Vaccination North-Western Provinces 1866-1877 - 1866-1877
Year: 1866
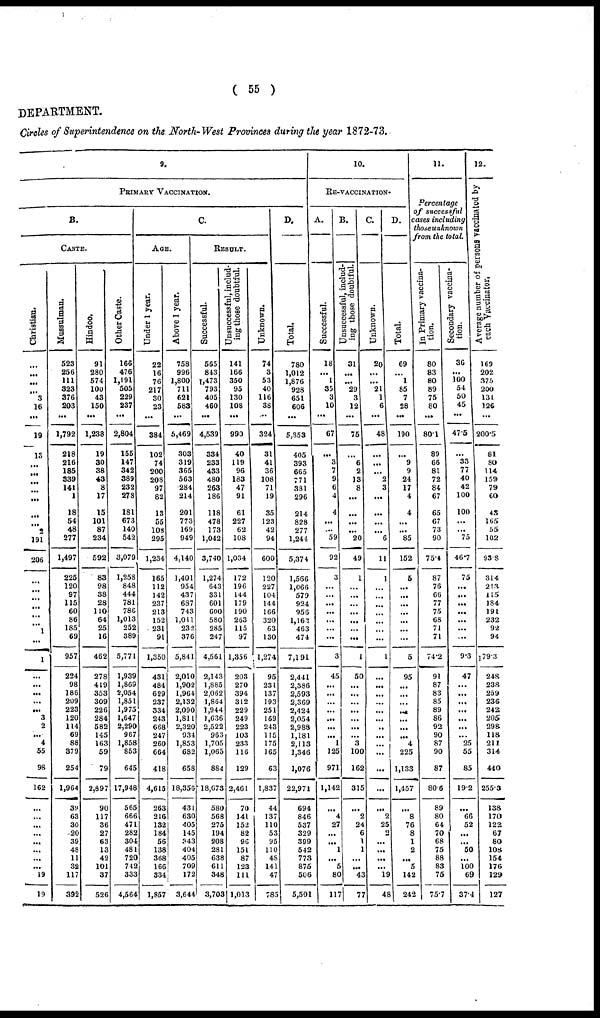
( 55 )
DEPARTMENT.
Circles of Superintendence on the North-West Provinces during the year 1872-73.
9.
PRIMARY VACCINATION.
B.
CASTE.
Christian.
...
...
...
...
3
16
...
19
13
...
...
...
...
...
...
2
191
206
...
...
...
...
...
...
1
...
1
...
...
...
...
...
3
2
...
4
55
98
162
...
...
...
...
...
...
...
...
19
19
Mussulman.
523
256
111
323
376
203
...
1,792
218
216
185
339
141
1
18
54
48
277
1,497
225
120
97
115
60
86
185
69
957
224
98
186
209
223
120
114
69
88
379
254
1,964
39
63
30
20
39
48
11
32
117
392
Hindoo.
91
280
574
100
43
150
...
1,238
19
30
38
43
8
17
15
101
87
234
592
83
98
38
28
110
64
25
16
462
278
419
353
309
226
284
582
145
163
59
79
2,897
90
117
36
27
63
13
42
101
37
526
Other Caste.
166
476
1,191
505
229
237
...
2,804
155
147
342
389
232
278
181
673
140
542
3,079
1,258
848
444
781
786
1,013
252
389
5,771
1,939
1,869
2,054
1,851
1,975
1,647
2,290
967
1,858
853
645
17,948
565
666
471
282
304
481
720
742
333
4,564
C.
AGE.
Under 1 year.
22
16
76
217
30
23
...
384
102
74
200
208
97
82
13
55
108
295
1,234
165
112
142
237
213
152
231
91
1,350
431
484
629
237
334
243
668
247
260
664
418
4,615
263
216
132
184
56
138
368
166
334
1,857
Above 1 year.
758
996
1,800
711
621
583
...
5,469
303
319
365
563
284
214
201
773
169
949
4,140
1,401
954
437
687
743
1,011
232
376
5,841
2,010
1,902
1,964
2,132
2,090
1,811
2,320
934
1,853
682
658
18,356
431
630
405
145
343
404
405
709
172
3,644
RESULT.
Successful.
565
843
1,473
793
405
460
...
4,539
334
233
433
480
263
186
118
478
173
1,042
3,740
1,274
643
331
601
600
580
285
247
4,561
2,143
1,885
2,062
1,864
1,944
1,636
2,522
963
1,705
1,065
884
18,673
580
568
275
194
208
281
638
611
348
3,703
Unsuccessful, includ-
ing those doubtful.
141
166
350
95
130
108
...
990
40
119
96
183
47
91
61
227
62
108
1,034
172
196
144
179
190
263
115
97
1,356
203
270
394
312
229
249
223
103
233
116
129
2,461
70
141
152
82
96
151
87
123
111
1,013
Unknown.
74
3
53
40
116
38
...
324
31
41
36
108
71
19
35
123
42
94
600
120
227
104
144
166
320
63
130
1,274
95
231
137
193
251
169
243
115
175
165
63
1,837
44
137
110
53
95
110
48
141
47
785
D.
Total.
780
1,012
1,876
928
651
606
...
5,853
405
393
665
771
381
296
214
828
277
1,244
5,374
1,566
1,066
579
924
956
1,163
463
474
7,191
2,441
2,386
2,593
2,369
2,424
2,054
2,988
1,181
2,113
1,346
1,076
22,971
694
846
537
329
399
542
773
875
506
5,501
10.
RE-VACCINATION.
A.
Successful.
18
...
1
35
3
10
...
67
...
3
7
9
6
4
4
...
...
59
92
3
...
...
...
...
...
...
...
3
45
...
...
...
...
...
...
...
1
125
971
1,142
...
4
27
...
...
1
...
5
80
117
B.
Unsuccessful, includ-
ing those doubtful.
31
...
...
29
3
12
...
75
...
6
2
13
8
...
...
...
...
20
49
1
...
...
...
...
...
...
...
1
50
...
...
...
...
...
...
...
3
100
162
315
...
2
24
6
1
1
...
...
43
77
C.
Unknown.
20
...
...
21
1
6
...
48
...
...
...
2
3
...
...
...
...
6
11
1
...
...
...
...
...
...
...
1
...
...
...
...
...
...
...
...
...
...
...
...
...
2
25
2
...
...
...
...
19
48
D.
Total.
69
...
1
85
7
28
...
190
...
9
9
24
17
4
4
...
...
85
152
5
...
...
...
...
...
...
...
5
95
...
...
...
...
...
...
...
4
225
1,133
1,457
...
8
76
8
1
2
...
5
142
242
11.
Percentage
of successful
cases including
those unknown
from the total.
In Primary vaccina-
tion.
80
83
80
89
75
80
...
80.1
89
66
81
72
84
67
65
67
73
90
75.4
87
76
66
77
75
68
71
71
74.2
91
87
83
85
89
86
92
90
87
90
87
80.6
89
80
64
70
68
75
88
83
75
75.7
Secondary vaccina-
tion.
36
...
100
54
50
45
...
47.5
...
33
77
40
42
100
100
...
...
75
46.7
75
...
...
...
...
...
...
...
9.3
47
...
...
...
...
...
...
...
25
55
85
19.2
66
52
...
...
50
...
100
69
37.4
12.
Average number of persons vaccinated by
each Vaccinator.
169
202
375
200
131
126
...
200.5
81
80
114
159
79
60
43
165
55
102
93.8
314
213
115
184
191
232
92
94
179.3
248
238
259
236
242
205
298
118
211
314
440
255.3
138
170
122
67
80
108
154
176
129
127